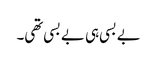
بے بسی ہی بے بسی تھی۔